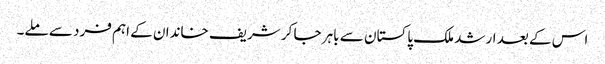
اس کے بعد ارشد ملک پاکستان سے باہر جا کر شریف خاندان کے اہم فرد سے ملے۔